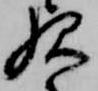
歟